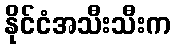
နိုင်ငံအသီးသီးက